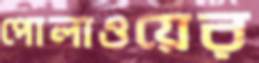
পোলাওয়ের